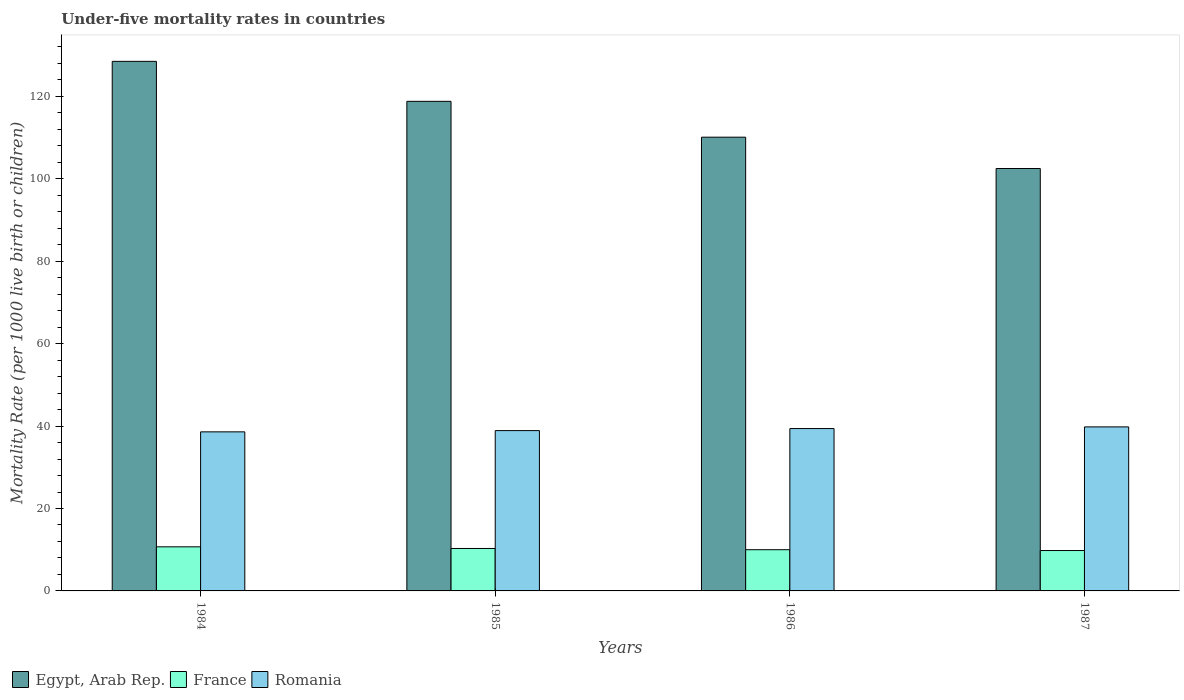
| Years | Egypt, Arab Rep. | France | Romania |
 | --- | --- | --- | --- |
 | 1984 | 128 | 10.7 | 38.6 |
 | 1985 | 119 | 10.3 | 38.9 |
 | 1986 | 110 | 10 | 39.4 |
 | 1987 | 102 | 9.8 | 39.8 |